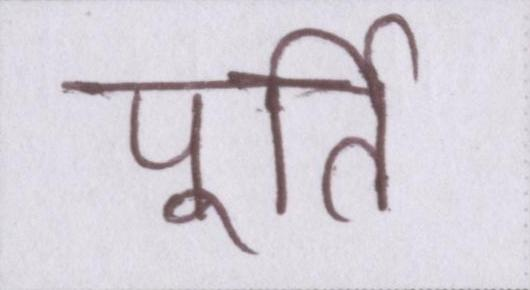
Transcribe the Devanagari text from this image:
पूर्ति